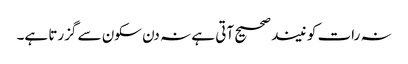
نہ رات کو نیند صحیح آتی ہے نہ دن سکون سے گزرتا ہے۔